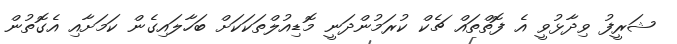
ޝަރީފު ވިދާޅުވީ އެ ފޮތްތައް ޗެކް ކުރަމުންދަނީ މޮޑިއުލްތަކަކަށް ބަހާލައިގެން ކަމަށާއި އެގޮތުން